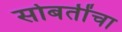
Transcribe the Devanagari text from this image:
सोबतींचा